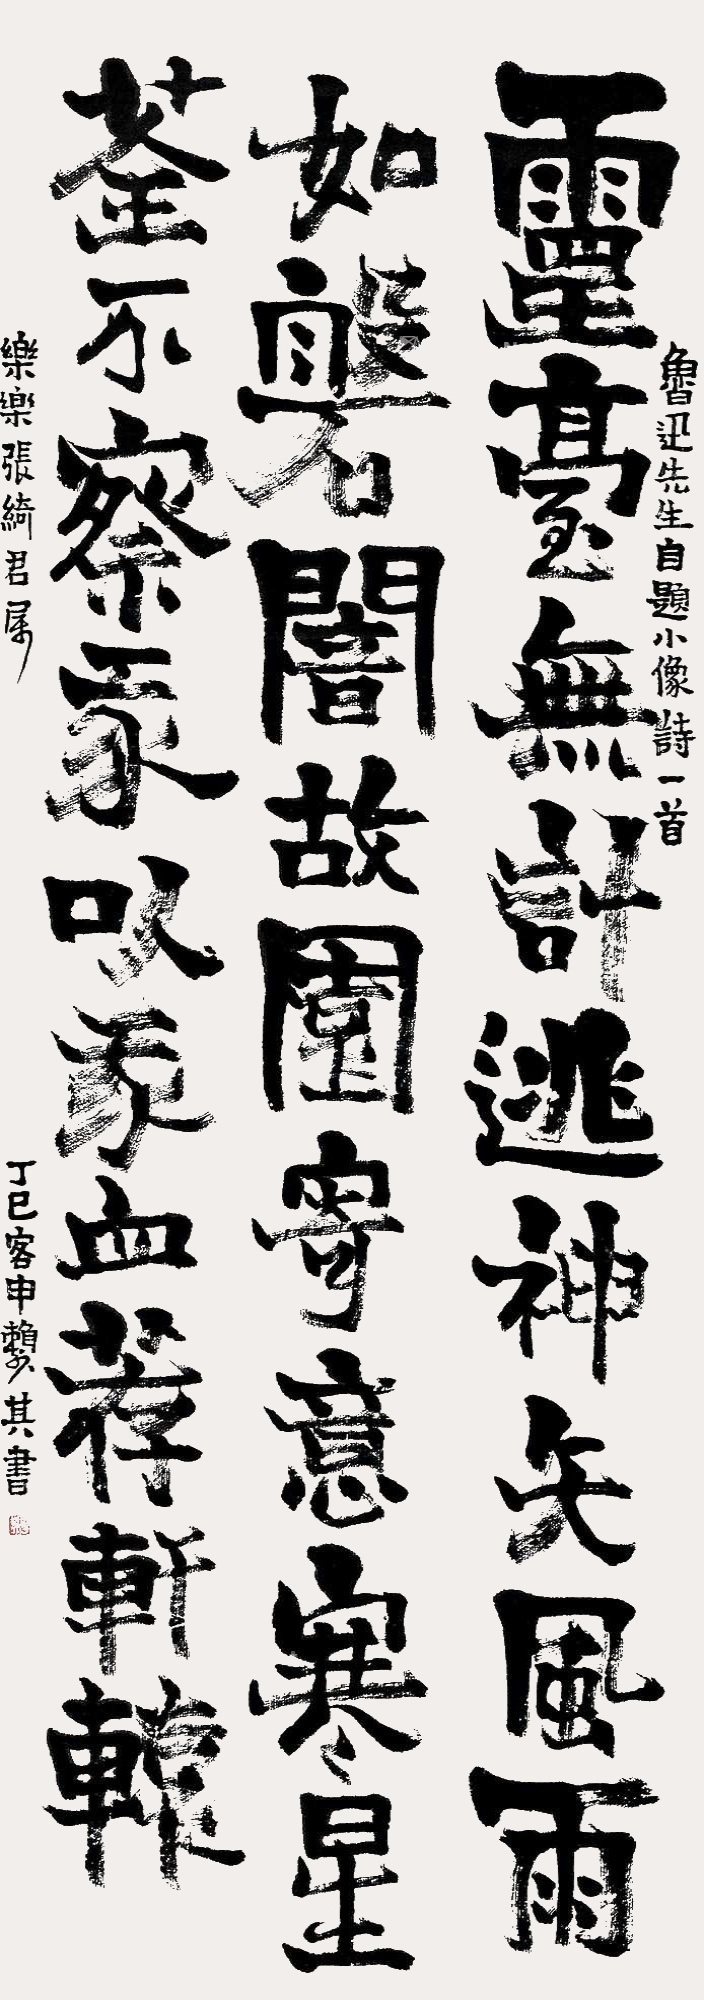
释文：灵台无计逃神矢，风雨如盘暗故园。寄意寒星荃不察，我以我血荐轩辕。鲁迅先生自题小像诗一首。乐德、张绮君属，丁巳客申，赖少其书。